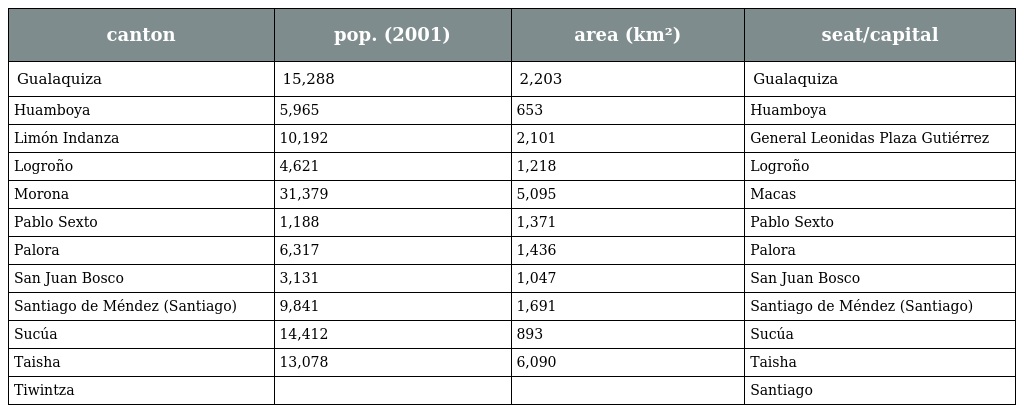
| canton | pop. (2001) | area (km²) | seat/capital |
 | --- | --- | --- | --- |
 | Gualaquiza | 15,288 | 2,203 | Gualaquiza |
 | Huamboya | 5,965 | 653 | Huamboya |
 | Limón Indanza | 10,192 | 2,101 | General Leonidas Plaza Gutiérrez |
 | Logroño | 4,621 | 1,218 | Logroño |
 | Morona | 31,379 | 5,095 | Macas |
 | Pablo Sexto | 1,188 | 1,371 | Pablo Sexto |
 | Palora | 6,317 | 1,436 | Palora |
 | San Juan Bosco | 3,131 | 1,047 | San Juan Bosco |
 | Santiago de Méndez (Santiago) | 9,841 | 1,691 | Santiago de Méndez (Santiago) |
 | Sucúa | 14,412 | 893 | Sucúa |
 | Taisha | 13,078 | 6,090 | Taisha |
 | Tiwintza |  |  | Santiago |